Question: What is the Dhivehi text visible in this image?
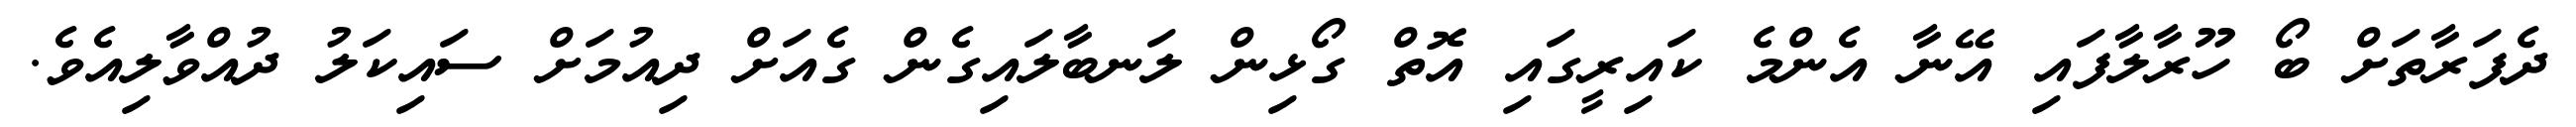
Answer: ދެފަރާތަށް ބޯ ހޫރާލާފައި އޭނާ އެންމެ ކައިރީގައި އޮތް ގޯޅިން ލަނބާލައިގެން ގެއަށް ދިއުމަށް ސައިކަލު ދުއްވާލިއެވެ.